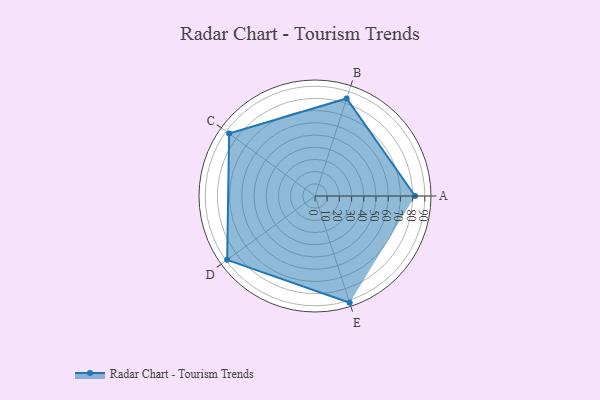
{"axis": {"x": "Skill", "y": "Score"}, "legend": ["Profile"], "data": [{"x": "A", "y": 82.0, "type": "Profile"}, {"x": "B", "y": 84.0, "type": "Profile"}, {"x": "C", "y": 87.0, "type": "Profile"}, {"x": "D", "y": 89.0, "type": "Profile"}, {"x": "E", "y": 92.0, "type": "Profile"}]}